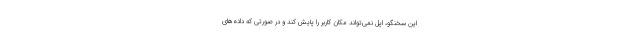
این سخنگو، اپل نمی‌تواند مکان کاربر را پایش کند و در صورتی که داده‌های